Statistical return of the lunatic asylum in Assam - 1912-1932
Year: 1912
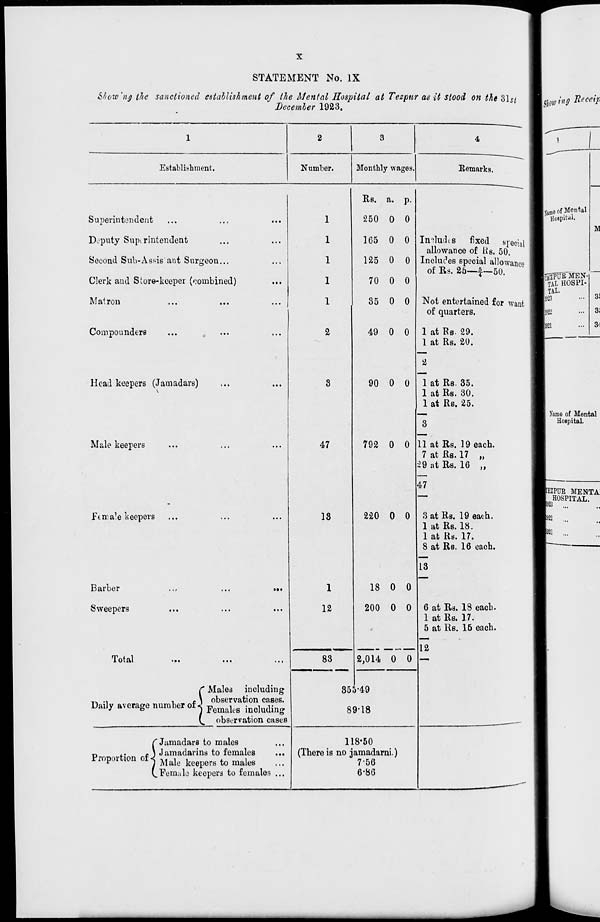
STATEMENT No. IX
Sfiow'nj} the sanctioned establishment of the Mental Hospital at Tezpur Ac 1 it stood on the 31j/
December 1923.
1
2
3
4
Establishment.
Number.
Monthly wages.
Remarks.
Superintendent
Deputy Superintendent
Second Sub-Assis ant Surgeon...
Clerk and Store-keeper (combined)
Matron
Com pounders
Head keepers (Jamadars)
Male keepers
Ft male keepers
Barber
Sweepers
Total
r Males including
, A .,
,
. \ observation cases.
Daily average number of J Femak . s inoludin „
(^ observation cases
Jamadars to males
i Jamadarins to females
Proportion of j Male keeperg to maleg
/Female keepers to females
47
18
1
12
83
Rs. a. p.
250 0 0
165 0 0
125 0 0
70 0 0
35 0 0
49 0 0
90 0 0
792 0 0
220 0 0
Imludis fixed special
allowance of tts. 50.
Includes special allowance
of Rs. 25—1~-50.
Not entertained for want
of quarters.
1 at Rs- 29.
1 at Rs. 20.
a
1 at Rs. 35.
1 at Rs. 30.
1 at Rs. 25.
11 at Rs. 19 each.
7 at Rs. 17 „
29 at Rs. 16 J»
18 0 0
200 0 0
47
3 at Rs. 19 each.
1 at Rs. 18.
1 at Rs. 17.
8 at Rs. 16 each.
13
6 at Rs. 18 each.
1 at Rs. 17.
5 at Rs. 16 each.
12
2,014 0 0
355-49
89-18
118-50
(Thereis no jamadarni)
7-56
6-80
[TEZPUE MENTA
HOSPITAL.